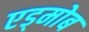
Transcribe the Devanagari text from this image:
एड्मोब